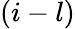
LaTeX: (i-l)